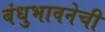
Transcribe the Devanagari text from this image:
बंधुभावनेची